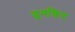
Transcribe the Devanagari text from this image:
ड्रमकिट